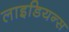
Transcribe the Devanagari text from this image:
लाइडियन्स